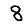
Digit: 8